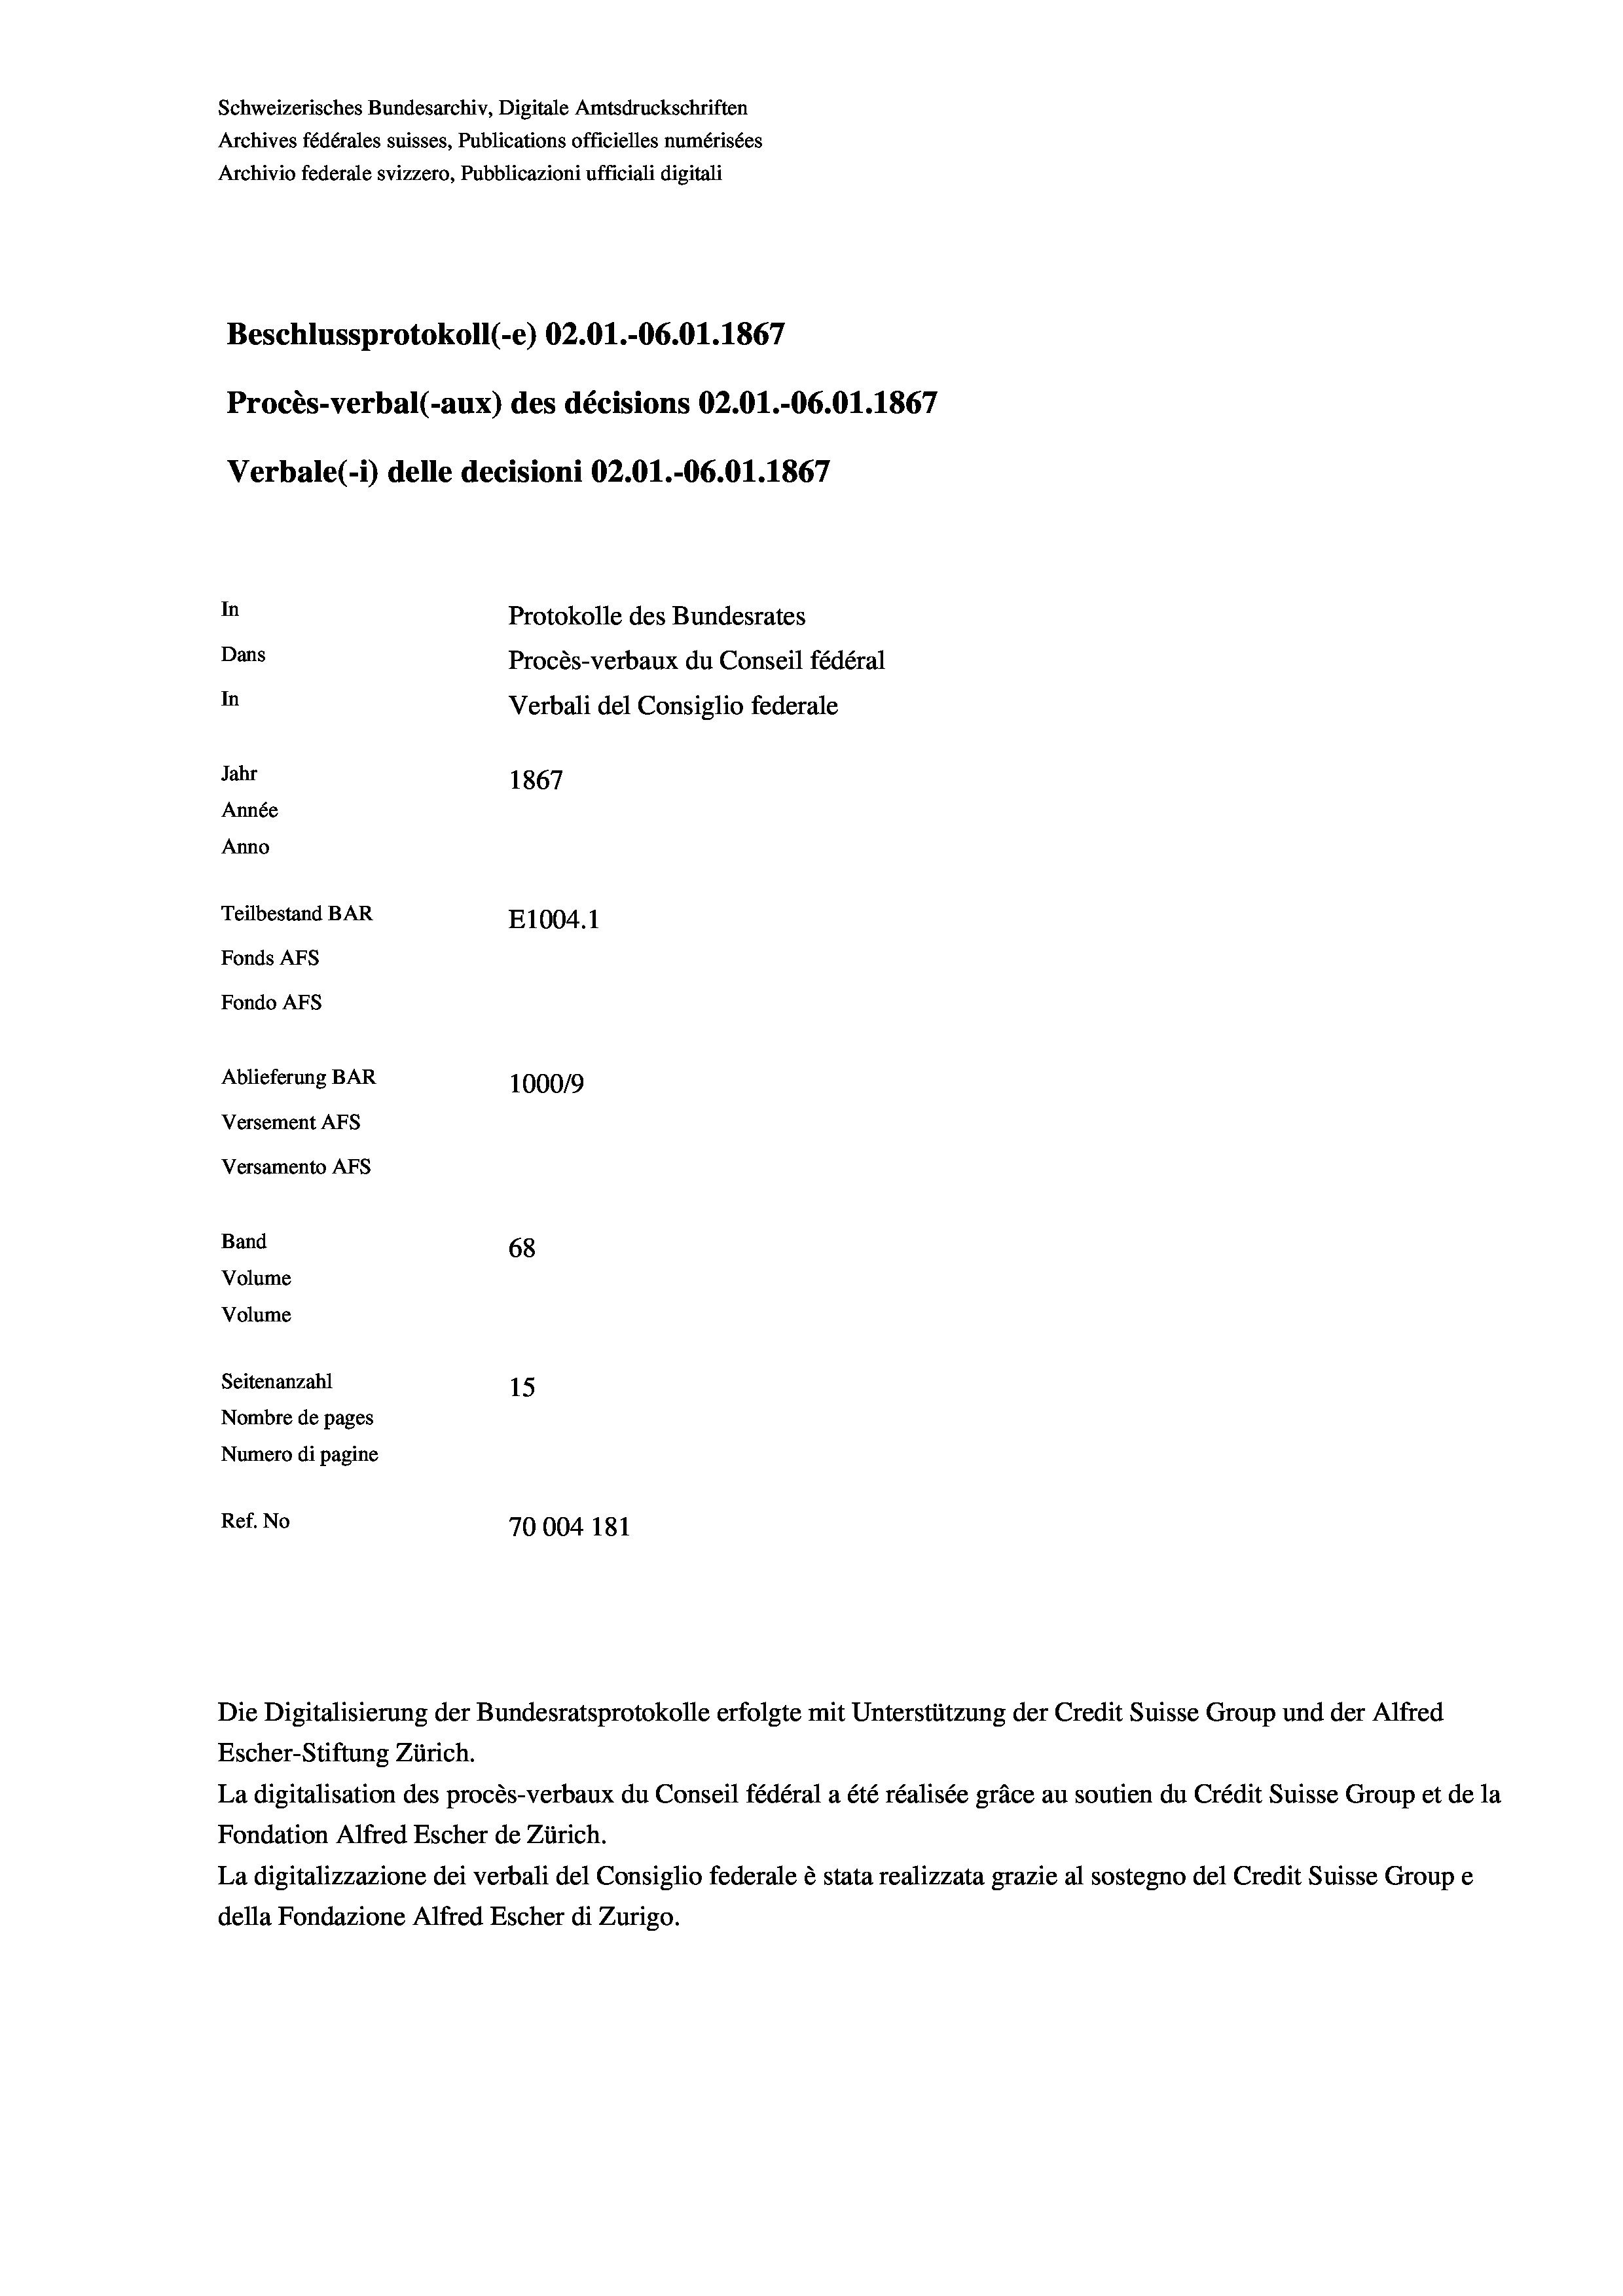
Schweizerisches Bundesarchiv, Digitale Amtsdruckschriften
Archives fédérales suisses, Publications officielles numérisées
Archivio federale svizzero, Pubblicazioni ufficiali digitali
Beschlussprotokoll (-e) 02.01.-06.01. 1867
Procès-verbal (-aux) des décisions 02.01.-06.01. 1867
Verbale (1) delle decisioni 02.01.-06.01. 1867
In
Protokolle des Bundesrates
Dans
Procès-verbaux du Conseil fédéral
In
Verbali del Consiglio federale
Jahr
1867
Année
Anno
Teilbestand BAR
E1004.1
Fonds AFs
Fondo Afs
Ablieferung BAR
100019
Versement Ans
Versamento Afs

68
Seitenanzahl
15
Nombre de pages
Numero di pagine
Ref. No
70004 181

Band
Volume
Volume

Escher-Stiftung Zürich.
La digitalisation des procès-verbaux du Conseil fédéral a été réalisée gräce au soutien du Crédit Suisse Group et de la
Fondation Alfred Escher de Zürich.
La digitalizzazione dei verbali del Consiglio federale è stata realizzata grazie al sostegno del Credit Suisse Groupe
della Fondazione Alfred Escher di Zurigo.

Die Digitalisierung der Bundesratsprotokolle erfolgte mit Unterstützung der Credit Suisse Group und der Alfred